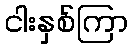
ငါးနှစ်ကြာ